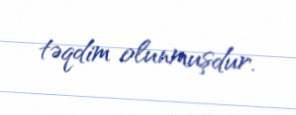
təqdim olunmuşdur.